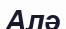
Алә